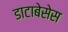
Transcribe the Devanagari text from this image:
डाटाबेसेस